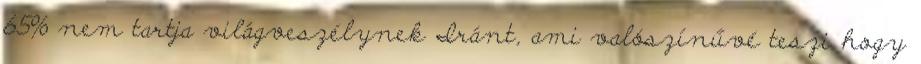
65% nem tartja világveszélynek Iránt, ami valószínűvé teszi hogy